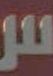
لل